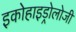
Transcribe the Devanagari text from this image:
इकोहाइड्रोलोजी